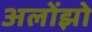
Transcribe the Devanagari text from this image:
अलोंझो